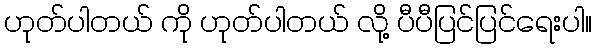
ဟုတ်ပါတယ် ကို ဟုတ်ပါတယ် လို့ ပီပီပြင်ပြင်ရေးပါ။